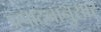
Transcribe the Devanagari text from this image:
उत्पादनानुसार